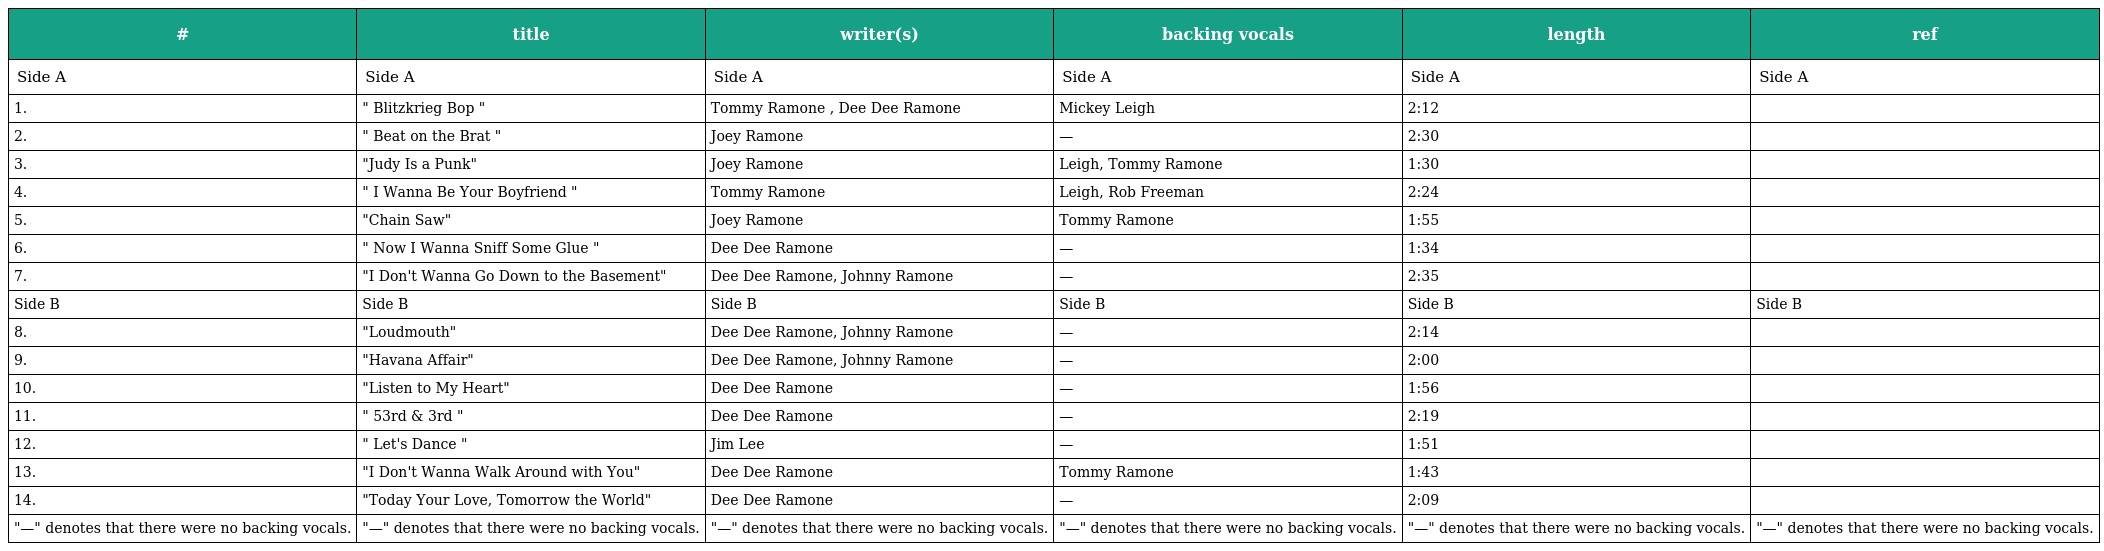
| # | title | writer(s) | backing vocals | length | ref |
 | --- | --- | --- | --- | --- | --- |
 | Side A | Side A | Side A | Side A | Side A | Side A |
 | 1. | " Blitzkrieg Bop " | Tommy Ramone , Dee Dee Ramone | Mickey Leigh | 2:12 |  |
 | 2. | " Beat on the Brat " | Joey Ramone | — | 2:30 |  |
 | 3. | "Judy Is a Punk" | Joey Ramone | Leigh, Tommy Ramone | 1:30 |  |
 | 4. | " I Wanna Be Your Boyfriend " | Tommy Ramone | Leigh, Rob Freeman | 2:24 |  |
 | 5. | "Chain Saw" | Joey Ramone | Tommy Ramone | 1:55 |  |
 | 6. | " Now I Wanna Sniff Some Glue " | Dee Dee Ramone | — | 1:34 |  |
 | 7. | "I Don't Wanna Go Down to the Basement" | Dee Dee Ramone, Johnny Ramone | — | 2:35 |  |
 | Side B | Side B | Side B | Side B | Side B | Side B |
 | 8. | "Loudmouth" | Dee Dee Ramone, Johnny Ramone | — | 2:14 |  |
 | 9. | "Havana Affair" | Dee Dee Ramone, Johnny Ramone | — | 2:00 |  |
 | 10. | "Listen to My Heart" | Dee Dee Ramone | — | 1:56 |  |
 | 11. | " 53rd & 3rd " | Dee Dee Ramone | — | 2:19 |  |
 | 12. | " Let's Dance " | Jim Lee | — | 1:51 |  |
 | 13. | "I Don't Wanna Walk Around with You" | Dee Dee Ramone | Tommy Ramone | 1:43 |  |
 | 14. | "Today Your Love, Tomorrow the World" | Dee Dee Ramone | — | 2:09 |  |
 | "—" denotes that there were no backing vocals. | "—" denotes that there were no backing vocals. | "—" denotes that there were no backing vocals. | "—" denotes that there were no backing vocals. | "—" denotes that there were no backing vocals. | "—" denotes that there were no backing vocals. |